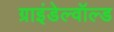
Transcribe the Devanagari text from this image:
ग्राइंडेल्वॉल्ड